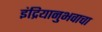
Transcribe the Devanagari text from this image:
इंद्रियानुभवाचा